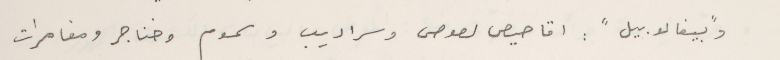
وبيفا لابيل": اقاصيص لصوص وسراديب وسموم وخناجر ومغامرات